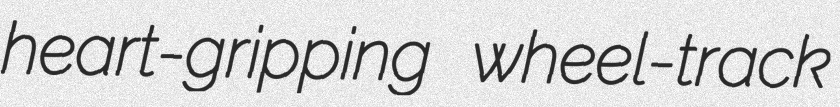
heart-gripping wheel-track